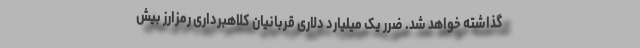
گذاشته خواهد شد. ضرر یک میلیارد دلاری قربانیان کلاهبرداری رمزارز بیش